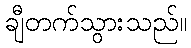
ချီတက်သွားသည်။